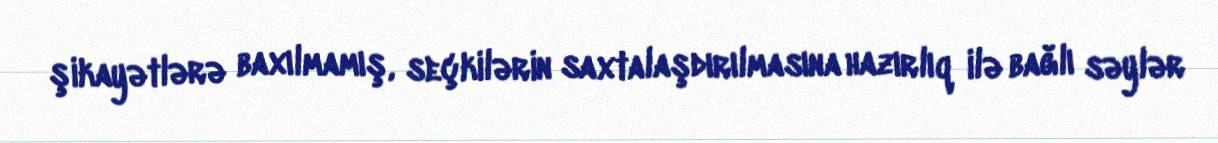
şikayətlərə baxılmamış, seçkilərin saxtalaşdırılmasına hazırlıq ilə bağlı səylər